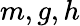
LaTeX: m,g,h